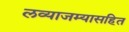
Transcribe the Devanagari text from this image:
लव्याजम्यासहित